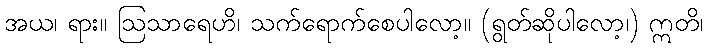
အယ၊ ရား။ ဩသာရေဟိ၊ သက်ရောက်စေပါလော့။ (ရွတ်ဆိုပါလော့၊) ဣတိ၊